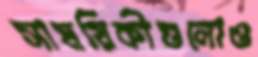
সাময়িকীগুলোও